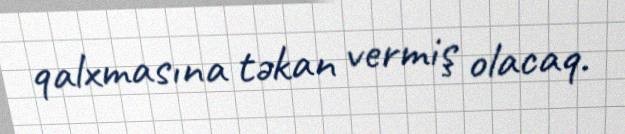
qalxmasına təkan vermiş olacaq.